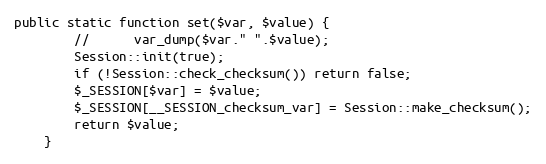
Language: PHP
public static function set($var, $value) {
        //  	var_dump($var." ".$value);
        Session::init(true);
        if (!Session::check_checksum()) return false;
        $_SESSION[$var] = $value;
        $_SESSION[__SESSION_checksum_var] = Session::make_checksum();
        return $value;
    }